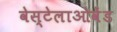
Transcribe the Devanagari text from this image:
वेस्टेलाओवेंड